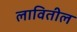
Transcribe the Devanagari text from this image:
लावितील